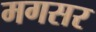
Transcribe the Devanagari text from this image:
मगसर